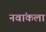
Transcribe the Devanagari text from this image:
नवांकला